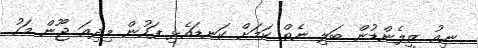
ނިއު ޒީލެންޑުން ބަލި ނެތް ކަމަށް ކަނޑައެޅި ފަހުން މިދިއަ ޖޫން މަހު